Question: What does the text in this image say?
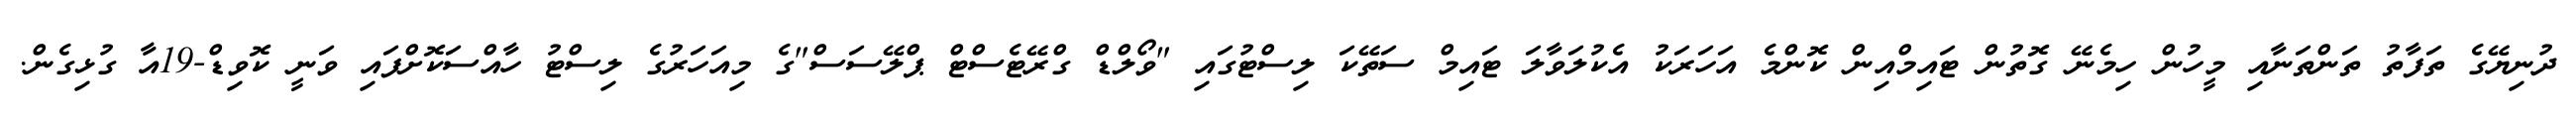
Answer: ދުނިޔޭގެ ތަފާތު ތަންތަނާއި މީހުން ހިމެނޭ ގޮތުން ޓައިމްއިން ކޮންމެ އަހަރަކު އެކުލަވާލަ ޓައިމް ސަތޭކަ ލިސްޓުގައި "ވޯލްޑް ގްރޭޓެސްޓް ޕްލޭސަސް"ގެ މިއަހަރުގެ ލިސްޓު ހާއްސަކޮށްފައި ވަނީ ކޮވިޑް-19އާ ގުޅިގެން.